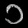
Digit: ၁